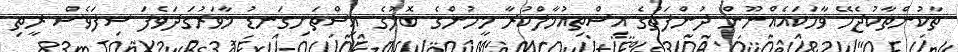
ތާކުންތާކުޖެހޭ ވާހަކައެއްނޫން ދުންފަތުގެ އިސްތިއުމާލްކުރާ މީހުންގެ ބޮލުގެ އިސްތަށިގަނޑު މާވަރުގަދަވެފަ ސިފަވެސް ރީތި